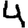
Digit: 4